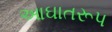
આઘાતરૂપ